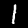
Label: 1